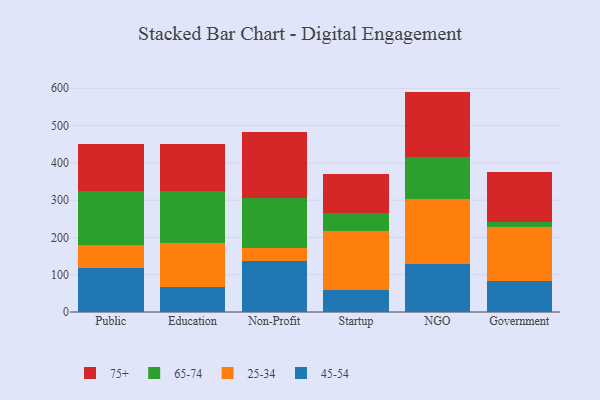
{"axis": {"x": "Segment", "y": "Market Share (%)"}, "legend": ["25-34", "45-54", "65-74", "75+"], "data": [{"x": "Public", "y": 118.2, "type": "45-54"}, {"x": "Public", "y": 62.2, "type": "25-34"}, {"x": "Public", "y": 144.7, "type": "65-74"}, {"x": "Public", "y": 124.3, "type": "75+"}, {"x": "Education", "y": 67.6, "type": "45-54"}, {"x": "Education", "y": 118.2, "type": "25-34"}, {"x": "Education", "y": 139.0, "type": "65-74"}, {"x": "Education", "y": 126.3, "type": "75+"}, {"x": "Non-Profit", "y": 137.2, "type": "45-54"}, {"x": "Non-Profit", "y": 34.3, "type": "25-34"}, {"x": "Non-Profit", "y": 134.6, "type": "65-74"}, {"x": "Non-Profit", "y": 175.8, "type": "75+"}, {"x": "Startup", "y": 59.7, "type": "45-54"}, {"x": "Startup", "y": 156.4, "type": "25-34"}, {"x": "Startup", "y": 49.2, "type": "65-74"}, {"x": "Startup", "y": 104.1, "type": "75+"}, {"x": "NGO", "y": 127.6, "type": "45-54"}, {"x": "NGO", "y": 176.1, "type": "25-34"}, {"x": "NGO", "y": 112.2, "type": "65-74"}, {"x": "NGO", "y": 175.2, "type": "75+"}, {"x": "Government", "y": 83.5, "type": "45-54"}, {"x": "Government", "y": 144.6, "type": "25-34"}, {"x": "Government", "y": 13.8, "type": "65-74"}, {"x": "Government", "y": 133.9, "type": "75+"}]}